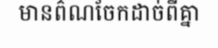
មានព៌ណចែកដាច់ពីគ្នា